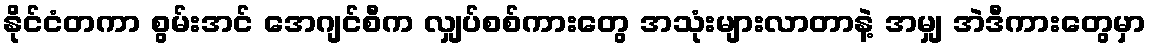
နိုင်ငံတကာ စွမ်းအင် အေဂျင်စီက လျှပ်စစ်ကားတွေ အသုံးများလာတာနဲ့ အမျှ အဲဒီကားတွေမှာ